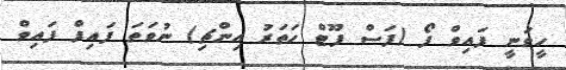
ހީވަނީ ފައިވް ފޯ (ފަސް ފޫޓް ހަތަރު އިންޗި) ނުވަތަ ފައިފް ފައިވް